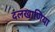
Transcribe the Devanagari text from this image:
दलखाणिया